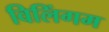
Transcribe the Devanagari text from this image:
विलिंगम